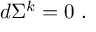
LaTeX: d \Sigma ^ { k } = 0 \ .